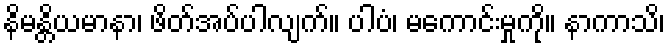
နိမန္တိယမာနာ၊ ဖိတ်အပ်ပါလျက်။ ပါပံ၊ မကောင်းမှုကို။ နာကာသိ၊